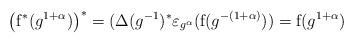
LaTeX: \begin{align*} \left(\mathrm{f}^\ast(g^{1+\alpha})\right)^\ast =(\Delta(g^{-1})^\ast\varepsilon_{g^\alpha}(\mathrm{f}(g^{-(1+\alpha)})) =\mathrm{f}(g^{1+\alpha})\end{align*}